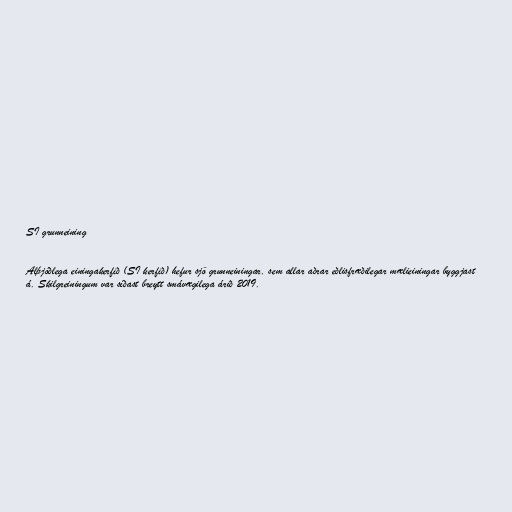
SI grunneining

Alþjóðlega einingakerfið (SI kerfið) hefur sjö grunneiningar, sem allar aðrar eðlisfræðilegar mælieiningar byggjast
á. Skilgreiningum var síðast breytt smávægilega árið 2019.